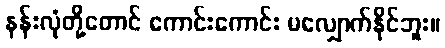
နန်းလုံတို့တောင် ကောင်းကောင်း မလျှောက်နိုင်ဘူး။